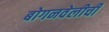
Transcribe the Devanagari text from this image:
बोगनवेलीची